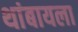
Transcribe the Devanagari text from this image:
थांबायला